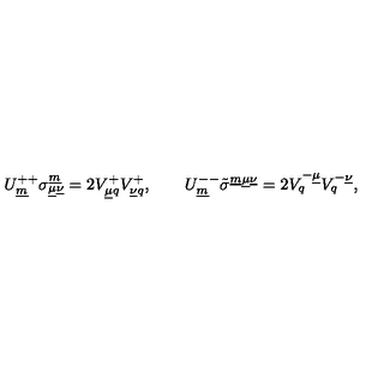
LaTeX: U _ { \underline { { m } } } ^ { + + } \sigma _ { \underline { { \mu } } \underline { { \nu } } } ^ { \underline { { m } } } = 2 V _ { \underline { { \mu } } q } ^ { + } V _ { \underline { { \nu } } q } ^ { + } , \qquad U _ { \underline { { m } } } ^ { -- } \tilde { \sigma } ^ { \underline { { m } } \underline { { \mu } } \underline { { \nu } } } = 2 V _ { q } ^ { - \underline { { \mu } } } V _ { q } ^ { - \underline { { \nu } } } , \qquad